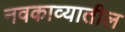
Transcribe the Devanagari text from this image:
नवकाव्यातील